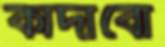
কাঁদাবো